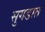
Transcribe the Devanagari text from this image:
सुगडात